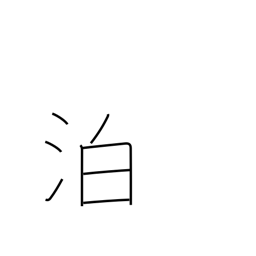
Meaning: ride at anchor